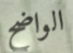
الواضح